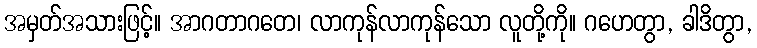
အမှတ်အသားဖြင့်။ အာဂတာဂတေ၊ လာကုန်လာကုန်သော လူတို့ကို။ ဂဟေတွာ, ခါဒိတွာ,